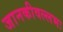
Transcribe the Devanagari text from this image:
जानकीवल्लभः